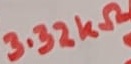
Text: 3.32KΩ